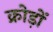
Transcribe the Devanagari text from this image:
क्रोड़ों